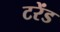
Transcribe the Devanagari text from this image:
टरेंड